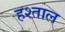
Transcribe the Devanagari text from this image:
हश्ताल